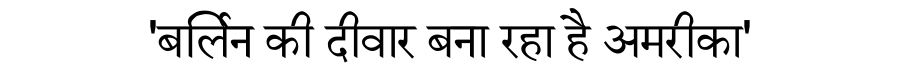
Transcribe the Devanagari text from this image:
'बर्लिन की दीवार बना रहा है अमरीका'